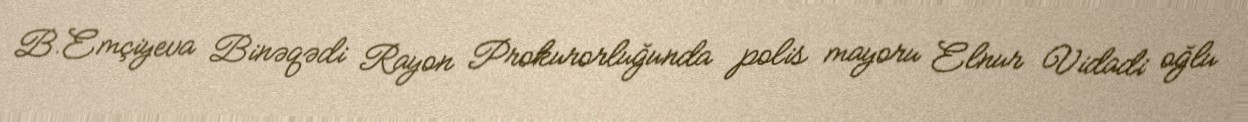
B.Emçiyeva Binəqədi Rayon Prokurorluğunda polis mayoru Elnur Vidadi oğlu